Perekond_Nolcken, lk 4
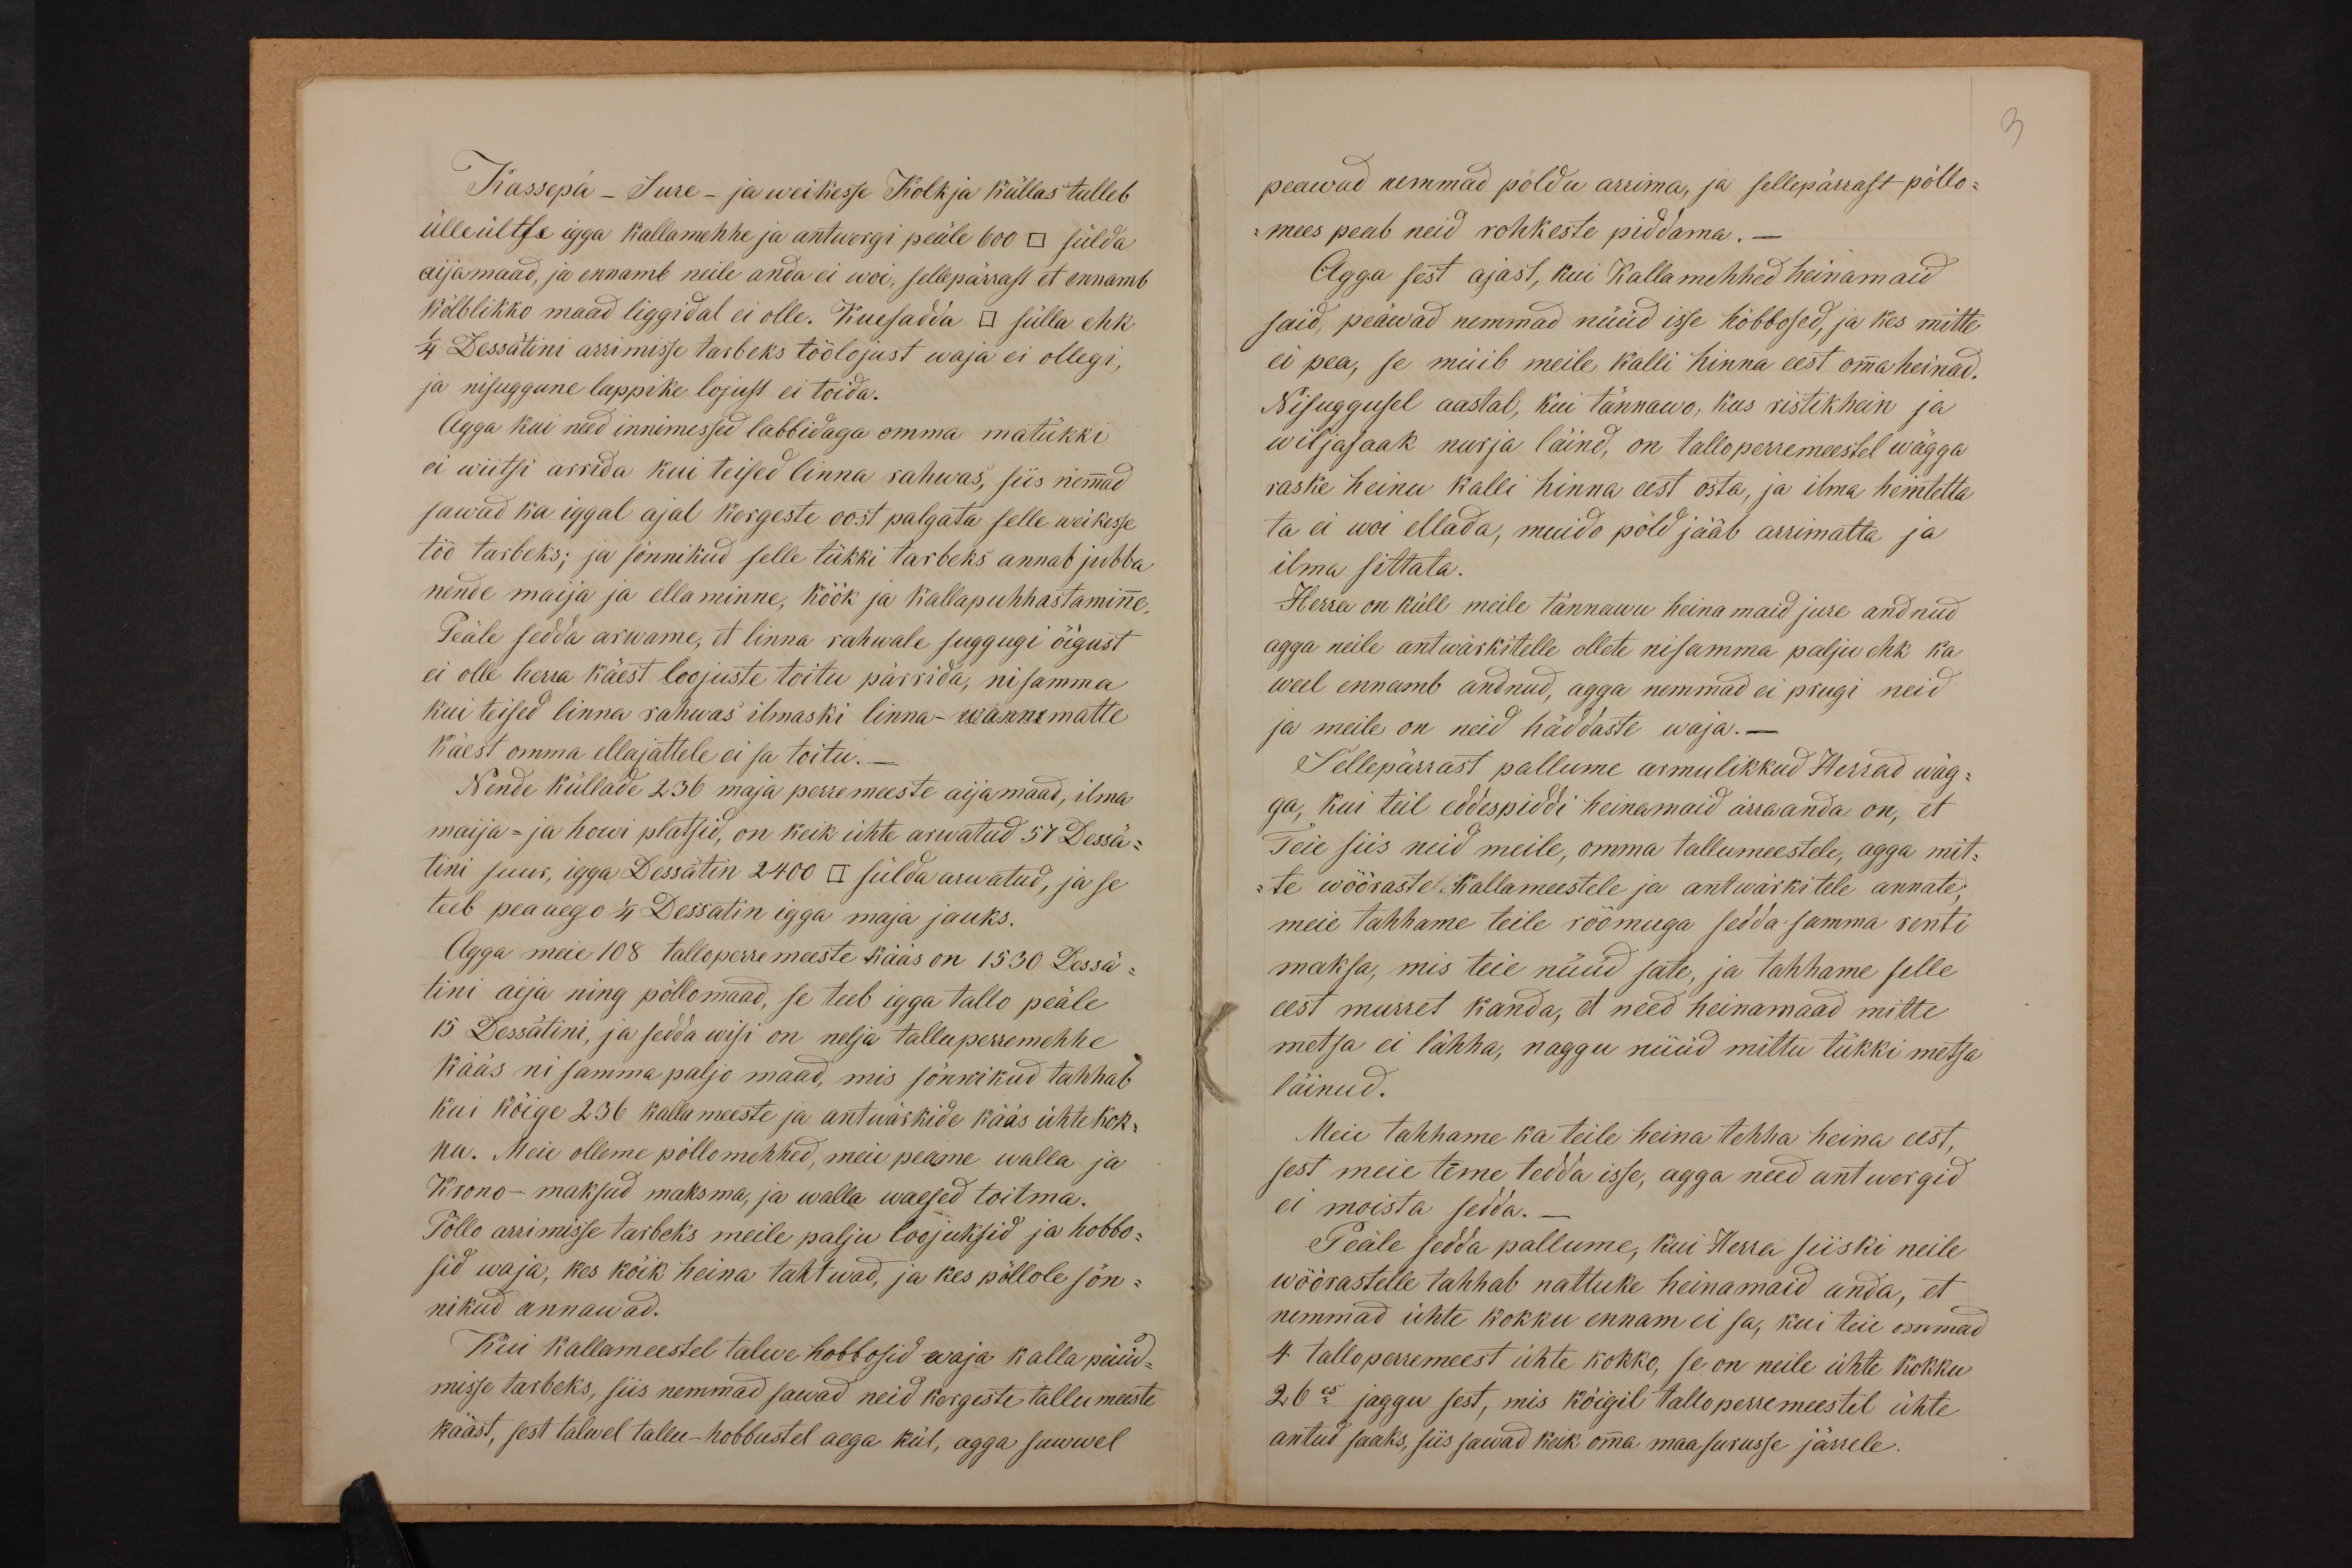
Kassepä- Sure - ja weikesse Kolkja küllas tulleb
ülleültse igga kallamehhe ja antwergi peäle 600 □ sülda
aijamaad, ja ennamb neile anda ei woi, sellepärrast et ennamb
kõlblikko maad liggidal ei olle. Kuesadda □ sülla ehk
1/4 Dessätini arrimisse tarbeks töölojust waja ei ollegi,
ja nisuggune lappike lojust ei toida.
Agga kui need innimessed labbidaga omma matükki
ei wiitsi arrida kui teised linna rahwas, siis nemmad
sawad ka iggal ajal kergeste oost palgata selle weikesse
töö tarbeks; ja sõnnikud selle tükki tarbeks annab jubba
nende maija ja ellaminne, köök ja kallapuhhastaminne.
Peäle sedda arwame, et linna rahwale suggugi õigust
ei olle herra käest loojuste toitu pärrida, nisamma
kui teised linna rahwas ilmaski linna-wannematte
käest omma ellajattele ei sa toitu._
Nende küllade 236 maja perremeeste aijamaad, ilma
maija- ja howi platsid, on keik ühte arwatud 57 Dessä-
tini suur, igga Dessätin 2400 □ sülda arwatud, ja se
teeb peaaego 1/4 Dessatin igga maja jauks.
Agga meie 108 talloperremeeste kääs on 1530 Dessä-
tini aija ning põllomaad, se teeb igga tallo peäle
15 Dessätini, ja sedda wisi on nelja talluperremehhe
kääs ni samma paljo maad, mis sõnnikud tahhab
kui kõige 236 kallameeste ja antwärkide kääs ühtekok-
ka. Meie olleme pöllomehhed, meie peame walla ja
Krono-maksud maksma, ja walla waesed toitma.
Põllo arrimisse tarbeks meile palju loojuksid ja hobbo-
sid waja, kes kõik heina tahtwad, ja kes põllole sõn-
nikud annawad.
Kui kallameestel talwe hobbosid waja kalla püüd-
misse tarbeks, siis nemmad sawad neid kergeste tallumeeste
kääst, sest talwel tallu-hobbustel aega kül, agga suwwel

3
peawad nemmad põldu arrima, ja sellepärrast põllo-
mees peab neid rohkeste piddama. -
Agga sest ajast, kui Kallamehhed heinamaid
said, peäwad nemmad nüüd isse hõbbosed, ja kes mitte
ei pea, se müib meile kalli hinna eest omma heinad.
Nisuggusel aastal, kui tännawo, kus ristikhein ja
wiljasaak nurja läind, on talloperremeestel wägga
raske heinu kalli hinna eest osta, ja ilma heintetta
ta ei woi ellada, muido põld jääb arrimatta ja
ilma sittata.
Herra on küll meile tännawu heina maid jure andnud
agga neile antwärkitelle ollete nisamma palju ehk ka
weel ennamb andnud, agga nemmad ei prugi neid
ja meile on neid häddaste waja._
Sellepärrast pallume armulikkud Herrad wäg-
ga, kui teil eddespiddi heinamaid ärraanda on, et
Teie siis neid meile, omma tallumeestele, agga mit-
te wõõraste Kallameestele ja antwärkitele annate;
meie tahhame teile rõõmuga sedda samma renti
maksa, mis teie nüüd sate, ja tahhame selle
eest murret kanda, et need heinamaad mitte
metsa ei lähha, naggu nüüd mittu tükki metsa
läinud.
Meie tahhame ka teile heina tehha heina eest,
sest meie teme tedda isse, agga need antwergid
ei moista sedda._
Peäle sedda pallume, kui Herra siiski neile
wõõrastelle tahhab nattuke heinamaid anda, et
nemmad ühte kokku ennam ei sa, kui teie ommad
4 talloperremeest ühte kokko, se on neile ühte kokku
26es jaggu sest, mis kõigil tallo perremeestel ühte
antud saaks, siis sawad keik omma maa surusse järrele.